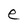
Character: e